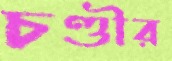
চণ্ডীর